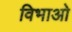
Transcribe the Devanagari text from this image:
विभाओ